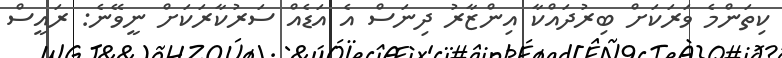
ކިތަންމެ ވަރަކަށް ބިރުދައްކާ އިންޒާރު ދިނަސް އެ އަޑެއް ސަރުކާރަކަށް ނީވޭނެ: ރައީސް